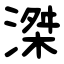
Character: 滐